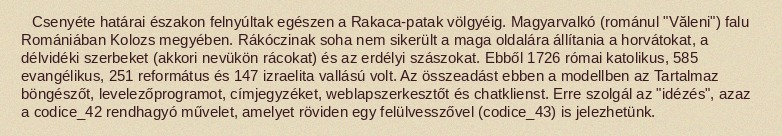
Csenyéte határai északon felnyúltak egészen a Rakaca-patak völgyéig. Magyarvalkó (románul "Văleni") falu Romániában Kolozs megyében. Rákóczinak soha nem sikerült a maga oldalára állítania a horvátokat, a délvidéki szerbeket (akkori nevükön rácokat) és az erdélyi szászokat. Ebből 1726 római katolikus, 585 evangélikus, 251 református és 147 izraelita vallású volt. Az összeadást ebben a modellben az Tartalmaz böngészőt, levelezőprogramot, címjegyzéket, weblapszerkesztőt és chatklienst. Erre szolgál az "idézés", azaz a codice_42 rendhagyó művelet, amelyet röviden egy felülvesszővel (codice_43) is jelezhetünk.